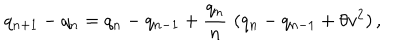
q _ { n + 1 } - q _ { n } = q _ { n } - q _ { n - 1 } + { \frac { q _ { n } } { n } } \, \, ( q _ { n } - q _ { n - 1 } + \theta v ^ { 2 } ) \, ,